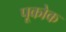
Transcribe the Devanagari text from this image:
पूकोक